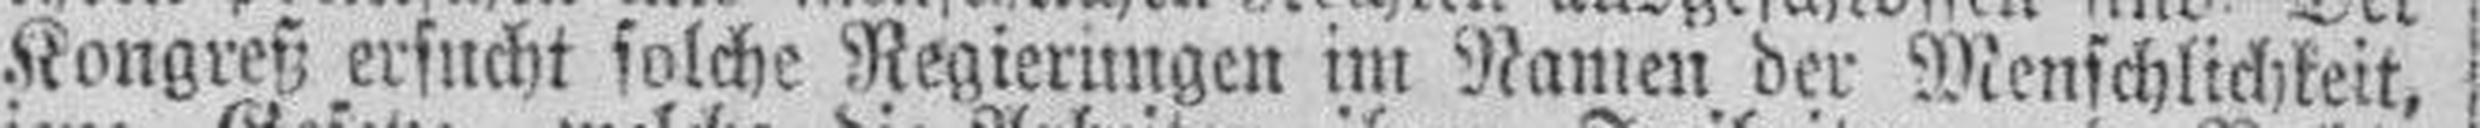
Kongreß ersucht solche Regierungen im Namen der Menschlichkeit,